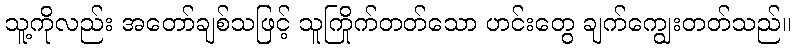
သူ့ကိုလည်း အတော်ချစ်သဖြင့် သူကြိုက်တတ်သော ဟင်းတွေ ချက်ကျွေးတတ်သည်။